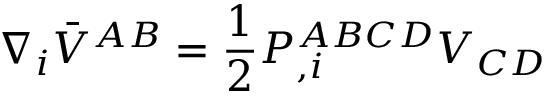
\nabla _ { i } \bar { V } ^ { A B } = { \frac { 1 } { 2 } } P _ { , i } ^ { A B C D } V _ { C D }